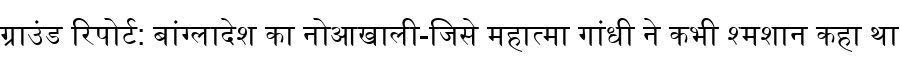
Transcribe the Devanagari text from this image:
ग्राउंड रिपोर्ट: बांग्लादेश का नोआखाली-जिसे महात्मा गांधी ने कभी श्मशान कहा था